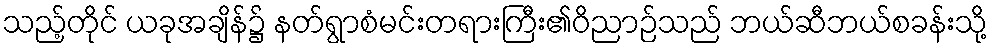
သည့်တိုင် ယခုအချိန်၌ နတ်ရွာစံမင်းတရားကြီး၏ဝိညာဉ်သည် ဘယ်ဆီဘယ်စခန်းသို့